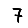
Digit: 7